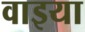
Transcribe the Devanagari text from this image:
वाइया